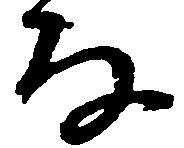
な